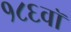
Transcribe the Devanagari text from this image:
१८६वॉ